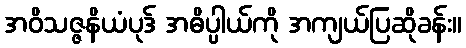
အဝိသဇ္ဇနိယံပုဒ် အဓိပ္ပါယ်ကို အကျယ်ပြဆိုခန်း။